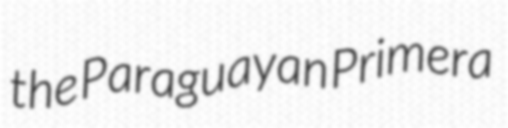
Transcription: the Paraguayan Primera